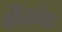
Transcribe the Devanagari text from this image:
वीसपेक्षा